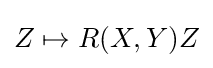
Z\mapsto R(X,Y)Z